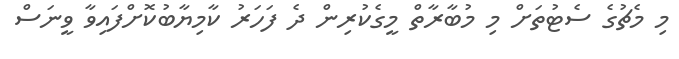
މި މެޗުގެ ސެޓުތަށް މި މުބާރާތް މީގެކުރިން ދެ ފަހަރު ކާމިޔާބުކޮށްފައިވާ ވީނަސް